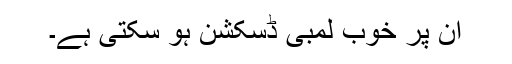
ان پر خوب لمبی ڈسکشن ہو سکتی ہے۔